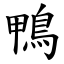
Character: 鴨